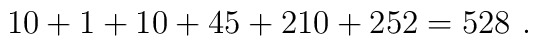
10 + 1 + 10 + 45 + 210 + 252 = 528\ .